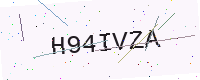
Text: H94IVZA